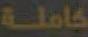
كاملة